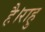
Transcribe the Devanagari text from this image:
है।राहु